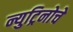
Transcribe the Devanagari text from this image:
न्युट्रिनोचे